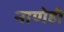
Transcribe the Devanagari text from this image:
नाणेही